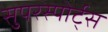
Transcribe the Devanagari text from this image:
सुपरस्पोर्ट्‌स